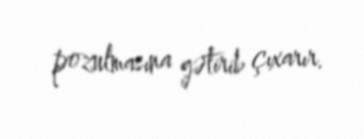
pozulmasına gətirib çıxarır.